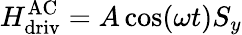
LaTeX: H_{\mathrm{driv}}^{\mathrm{AC}}=A\cos(\omega t)S_{y}